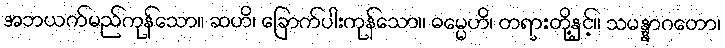
အဘယက်မည်ကုန်သော။ ဆဟိ၊ ခြောက်ပါးကုန်သော။ ဓမ္မေဟိ၊ တရားတို့နှင့်။ သမန္နာဂတော၊